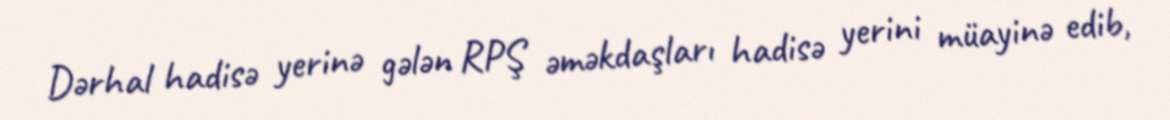
Dərhal hadisə yerinə gələn RPŞ əməkdaşları hadisə yerini müayinə edib,